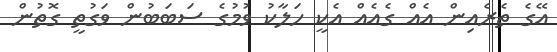
އޭގެ ތެރެއިން އެއް ގެއެއް އެކީ ހަލާކު ވުމުގެ ސަބަބުން ވަގުތީ ގޮތުން